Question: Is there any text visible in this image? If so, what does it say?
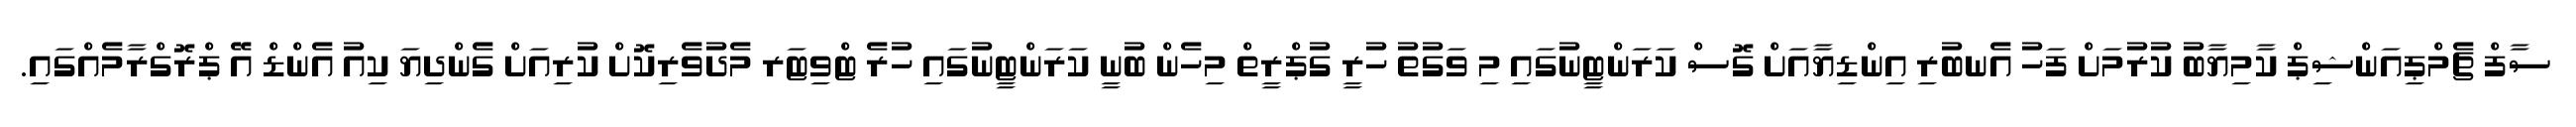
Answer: ސާފް ޗެމްޕިއަންޝިޕް ކާމިޔާބު ކުރުމަށް ފަހު އެނބުރި އިންޑިޔާއަށް ގޮސް ކަރަންޓީނުގައި މި ވަގުތު ހުރީ ގުޕްރީތް މިހެން ބުނީ ކަރަންޓީނުގައި ހުރެ ޓްވިޓަރ މެދުވެރިކޮށް ކުރިއަށް ގެންދިޔަ ކިއު އެންޑް އޭ ޕްރޮގްރާމެއްގައި.